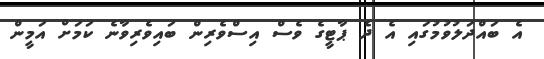
އެ ބައްދަލުވުމުގައި އެ ދެ ޕާޓީގެ ވެސް އިސްވެރިން ބައިވެރިވާނެ ކަމަށް އަމީން